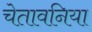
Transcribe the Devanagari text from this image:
चेतावनिया